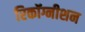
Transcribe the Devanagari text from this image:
रिकॉग्नीशन